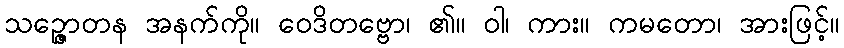
သဉ္ဇောတန အနက်ကို။ ဝေဒိတဗ္ဗော၊ ၏။ ဝါ၊ ကား။ ကမတော၊ အားဖြင့်။